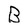
Character: B